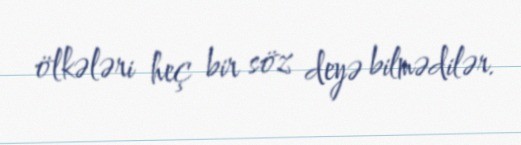
ölkələri heç bir söz deyə bilmədilər.